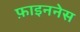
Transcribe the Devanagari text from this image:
फ़ाइननेस